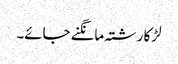
لڑکا رشتہ مانگنے جائے۔